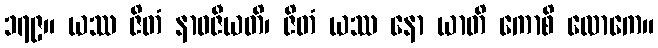
၁၇၉။ ယဿ ဇိတံ နာဝဇီယတိ၊ ဇိတံ ယဿ နော ယာတိ ကောစိ လောကေ။